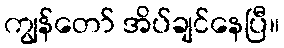
ကျွန်တော် အိပ်ချင်နေပြီ။